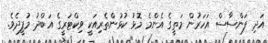
އަދި ފަންސާސް އަހަރުން މަތީގެ އެންމެ މޮޅު ކުޅުންތެރިއަކީ ވިކްޓަރީގެ އަބްދު މުފީދެވެ.